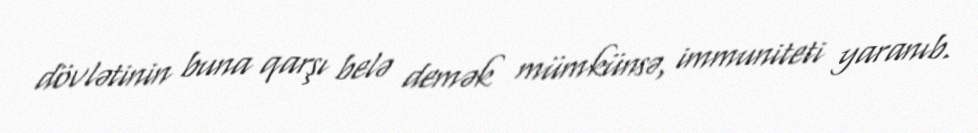
dövlətinin buna qarşı belə demək mümkünsə, immuniteti yaranıb.